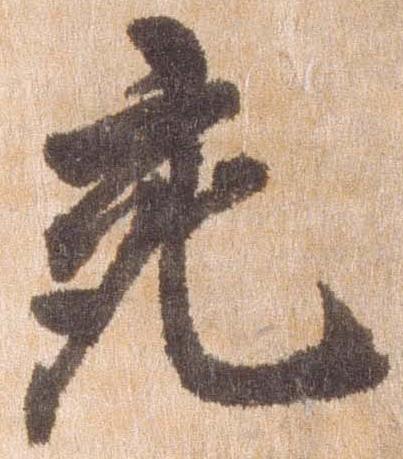
充